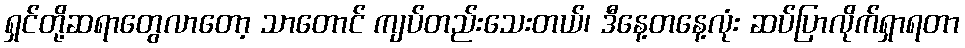
ရှင်တို့ဆရာတွေလာတော့ သာတောင် ကျပ်တည်းသေးတယ်၊ ဒီနေ့တနေ့လုံး ဆပ်ပြာလိုက်ရှာရတာ